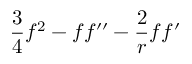
{ \frac { 3 } { 4 } } f ^ { 2 } - f f ^ { \prime \prime } - { \frac { 2 } { r } } f f ^ { \prime }